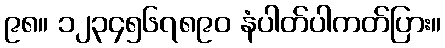
၉၈။ ၁၂၃၄၅၆၇၈၉၀ နံပါတ်ပါကတ်ပြား။